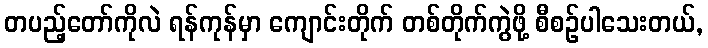
တပည့်တော်ကိုလဲ ရန်ကုန်မှာ ကျောင်းတိုက် တစ်တိုက်ကွဲဖို့ စီစဉ်ပါသေးတယ်,